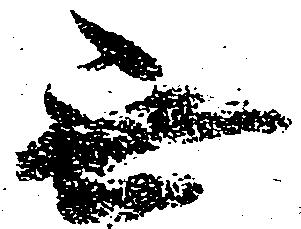
無